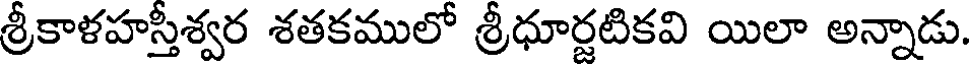
శ్రీకాళహస్తీశ్వర శతకములో శ్రీధూర్జటికవి యిలా అన్నాడు.